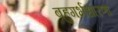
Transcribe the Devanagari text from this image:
बहुगर्भधारणा